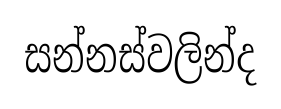
සන්නස්වලින්ද